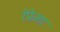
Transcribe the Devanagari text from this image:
रेफ्रेशर